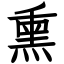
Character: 熏